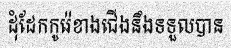
ដុំដែកកូរ៉េខាងជើងនឹងទទួលបាន